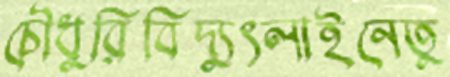
চৌধুরিবিদ্যুৎলাইনেতু